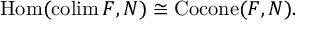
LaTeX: \operatorname { H o m } ( \operatorname { c o l i m } F , N ) \cong \operatorname { C o c o n e } ( F , N ) .